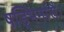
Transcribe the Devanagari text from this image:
षड्भिर्मासैः